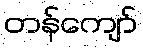
တန်ကျော်